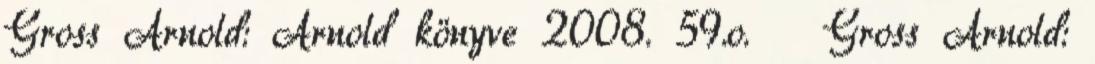
Gross Arnold: Arnold könyve 2008. 59.o. ↑ Gross Arnold: